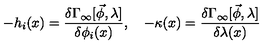
- h _ { i } ( x ) = \frac { \delta \Gamma _ { \infty } [ \vec { \phi } , \lambda ] } { \delta \phi _ { i } ( x ) } , \quad - \kappa ( x ) = \frac { \delta \Gamma _ { \infty } [ \vec { \phi } , \lambda ] } { \delta \lambda ( x ) }